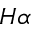
H \alpha